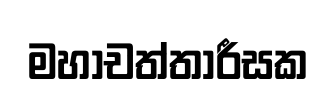
මහාචත්තාරීසක